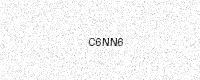
Text: C6NN6